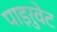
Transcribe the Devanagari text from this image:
पाइरुवेट